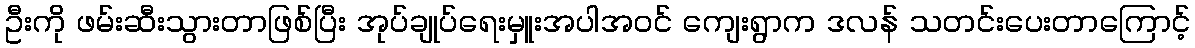
ဦးကို ဖမ်းဆီးသွားတာဖြစ်ပြီး အုပ်ချုပ်ရေးမှူးအပါအဝင် ကျေးရွာက ဒလန် သတင်းပေးတာကြောင့်